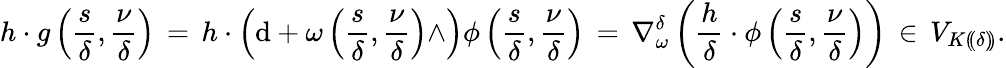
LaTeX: h\cdot g\left(\frac{s}{\delta},\frac{\nu}{\delta}\right)\, =\, h\cdot\left(\mathrm{d}+\omega\left(\frac{s}{\delta},\frac{\nu}{\delta}\right)\wedge\right)\phi\left(\frac{s}{\delta},\frac{\nu}{\delta}\right)\, =\, \nabla_{\omega}^{\delta}\left(\frac{h}{\delta}\cdot\phi\left(\frac{s}{\delta},\frac{\nu}{\delta}\right)\right)\, \in\, V_{K(\! (\delta)\! )}.